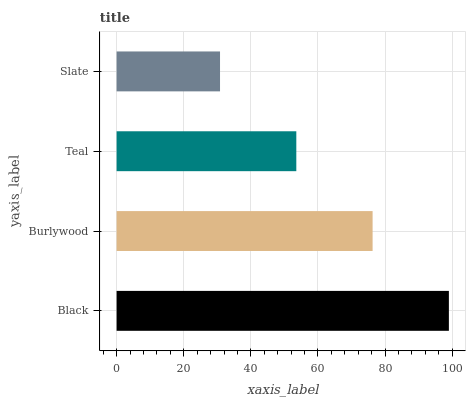
| yaxis_label | bars |
 | --- | --- |
 | Black | 99 |
 | Burlywood | 76.3 |
 | Teal | 53.5 |
 | Slate | 30.8 |